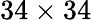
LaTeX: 34\times 34